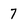
Character: 7